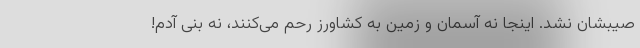
صیبشان نشد. اینجا نه آسمان و زمین به کشاورز رحم می‌کنند، نه بنی آدم!